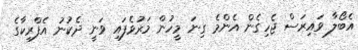
އެބޯލާ ވައިރަސް ޖެހިގެން އެންމެ ގިނަ މީހުން މަރުވެފައި ވަނީ ދެކުނު އެފްރިކާގެ